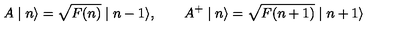
A \mid n \rangle = \sqrt { F ( n ) } \mid n - 1 \rangle , \qquad A ^ { + } \mid n \rangle = \sqrt { F ( n + 1 ) } \mid n + 1 \rangle